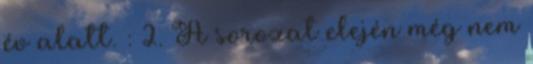
év alatt. : 2. A sorozat elején még nem